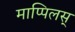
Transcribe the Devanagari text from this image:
माप्पिलस्